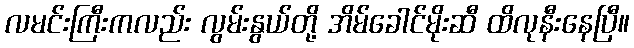
လမင်းကြီးကလည်း လွမ်းနွယ်တို့ အိမ်ခေါင်မိုးဆီ ထိလုနီးနေပြီ။